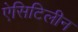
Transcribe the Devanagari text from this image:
ऐसिटिलीन